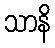
သာနိ